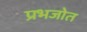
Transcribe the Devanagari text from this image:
प्रभजोत